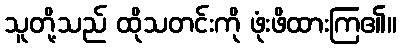
သူတို့သည် ထိုသတင်းကို ဖုံးဖိထားကြ၏။